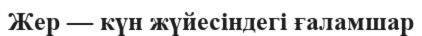
Жер — күн жүйесіндегі ғаламшар